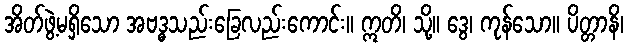
အိတ်ဖွဲ့မရှိသော အဗဒ္ဓသည်းခြေလည်းကောင်း။ ဣတိ၊ သို့။ ဒွေ၊ ကုန်သော။ ပိတ္တာနိ၊